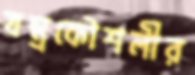
যন্ত্রকৌশলীর